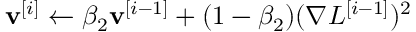
\mathbf { v } ^ { [ i ] } \leftarrow \beta _ { 2 } \mathbf { v } ^ { [ i - 1 ] } + ( 1 - \beta _ { 2 } ) ( \nabla L ^ { [ i - 1 ] } ) ^ { 2 }